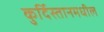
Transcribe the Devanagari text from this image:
कुर्दिस्तानमधील